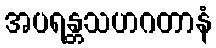
အပရန္တသဟဂတာနံ